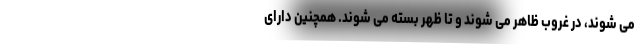
می شوند، در غروب ظاهر می شوند و تا ظهر بسته می شوند. همچنین دارای